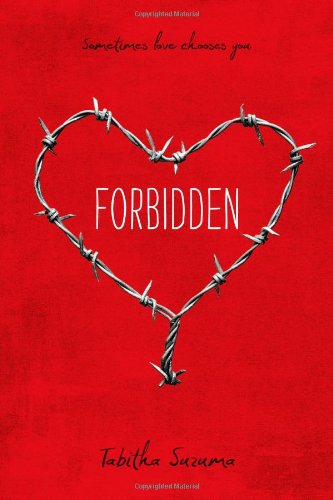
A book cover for Forbidden; Tabitha Suzuma; Teen & Young Adult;